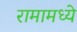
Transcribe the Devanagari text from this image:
रामामध्ये